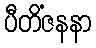
ပီတိံဇနနာ